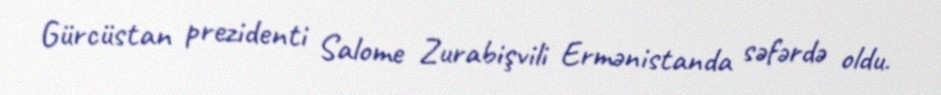
Gürcüstan prezidenti Salome Zurabişvili Ermənistanda səfərdə oldu.